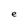
Character: e